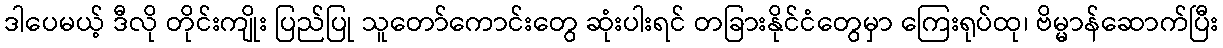
ဒါပေမယ့် ဒီလို တိုင်းကျိုး ပြည်ပြု သူတော်ကောင်းတွေ ဆုံးပါးရင် တခြားနိုင်ငံတွေမှာ ကြေးရုပ်ထု၊ ဗိမ္မာန်ဆောက်ပြီး